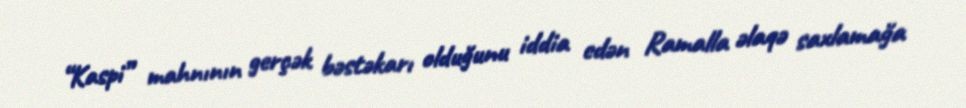
“Kaspi” mahnının gerçək bəstəkarı olduğunu iddia edən Ramalla əlaqə saxlamağa